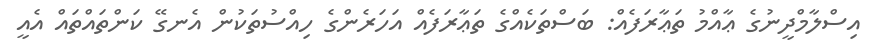
އިސްލާމްދީނުގެ ޢާއްމު ތަޢާރަފެއް: ބަސްތަކެއްގެ ތަޢާރަފެއް އަހަރެންގެ ހިއްސުތަކުން އެނގޭ ކަންތައްތައް އެއީ